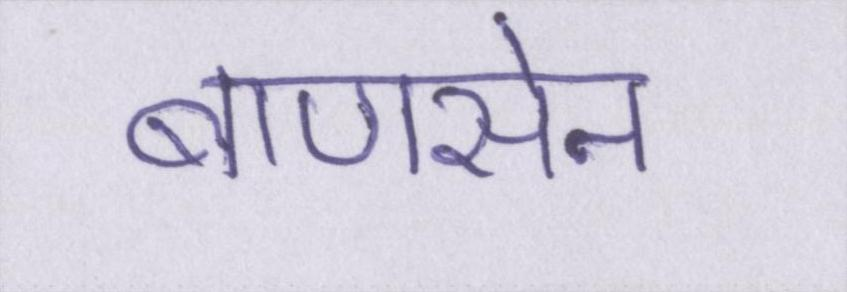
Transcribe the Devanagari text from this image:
बाणसेन